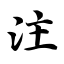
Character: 注